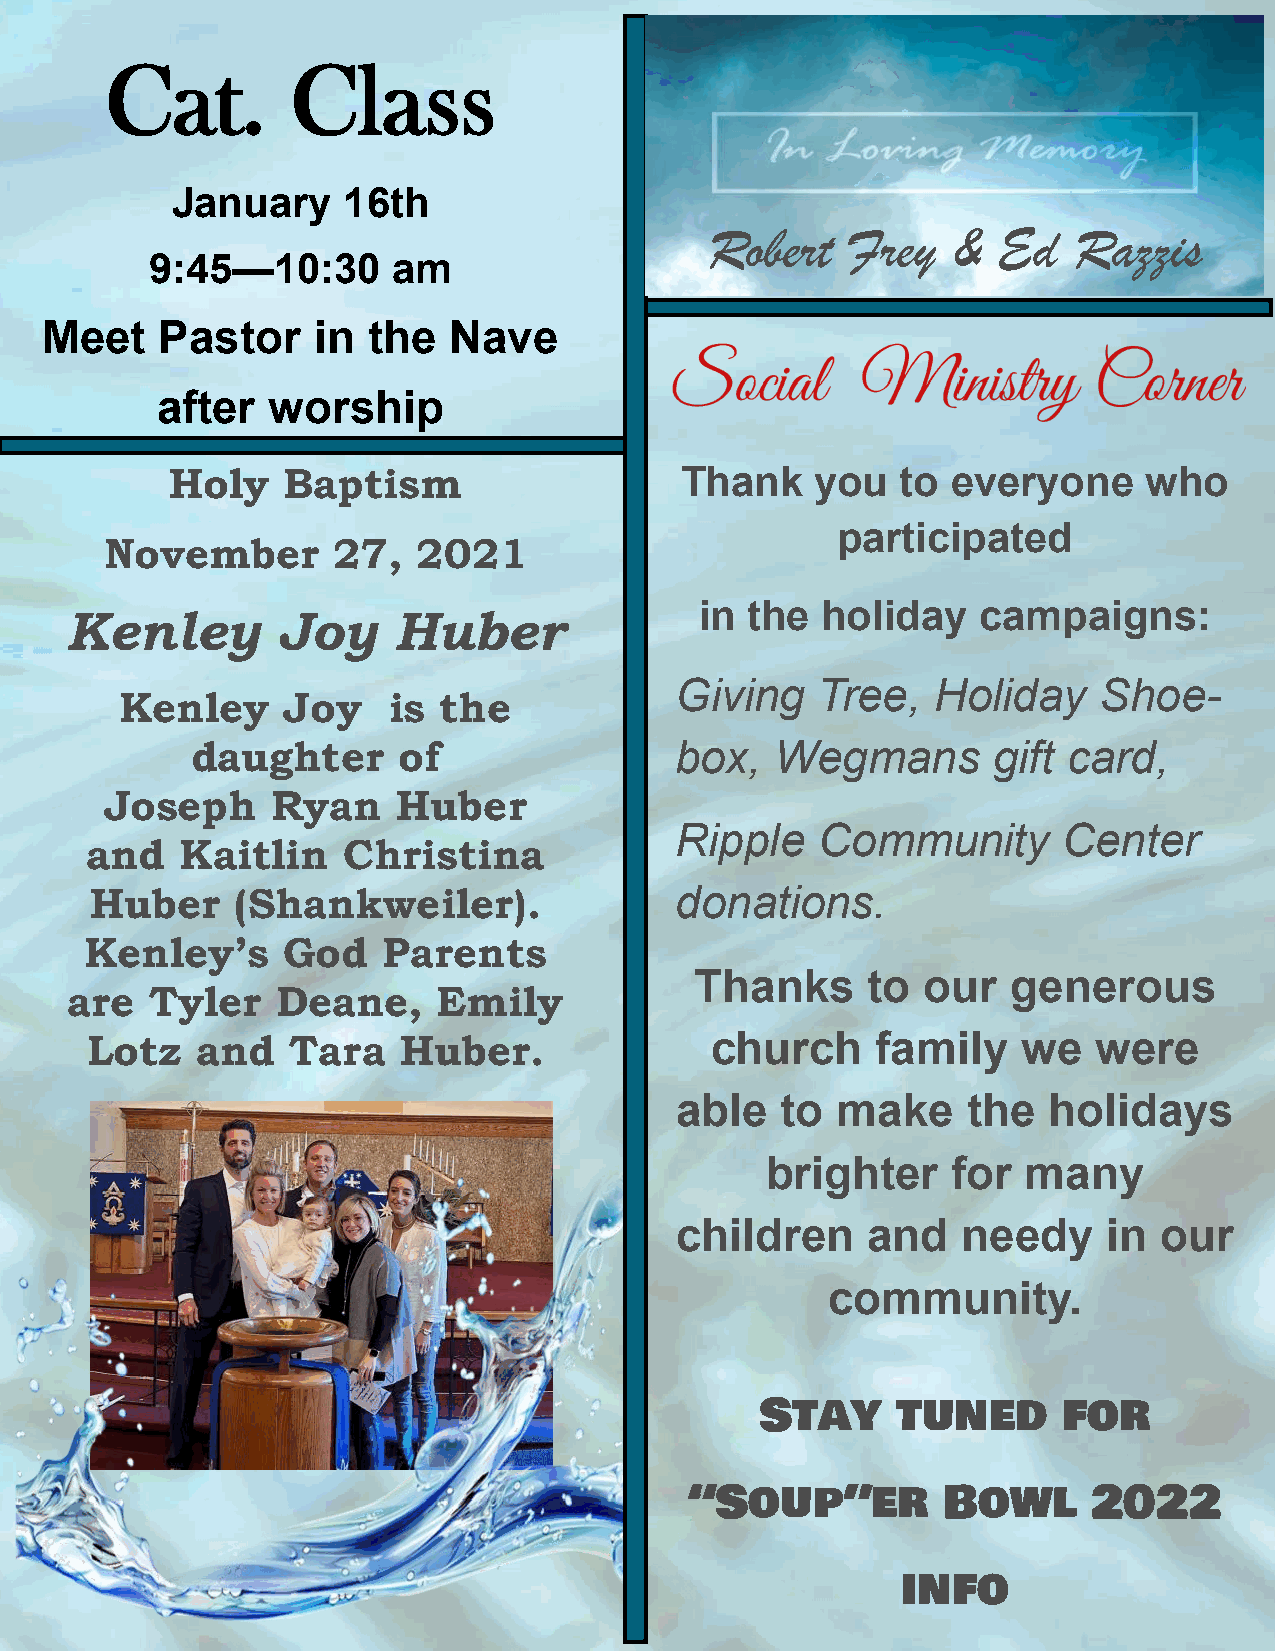
Cat.        Class
 January     16th
 Robert   Frey   &  Ed   Razzis
 9:45—10:30      am
 Meet    Pastor    in the   Nave
 after   worship
 Holy    Baptism                   Thank    you   to everyone     who
 participated
 November       27,   2021
 in  the holiday    campaigns:
 Kenley        Joy     Huber
 Giving   Tree,   Holiday    Shoe-
 Kenley     Joy    is the
 daughter     of                 box,  Wegmans        gift card,
 Joseph     Ryan    Huber
 Ripple   Community       Center
 and   Kaitlin    Christina
 Huber     (Shankweiler).               donations.
 Kenley’s     God   Parents
 Thanks     to  our   generous
 are   Tyler   Deane,     Emily
 Lotz   and   Tara   Huber.               church     family    we  were
 able   to make     the  holidays
 brighter    for  many
 children    and    needy    in  our
 community.
 Stay     tuned      for
 “Soup”er        Bowl      2022
 3
 info